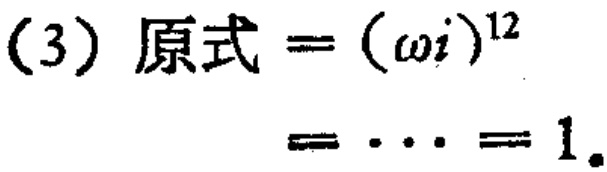
(3) 原式 \( = (\omega i)^{12}\)

\( = \cdots = 1\)